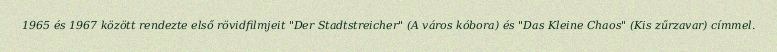
1965 és 1967 között rendezte első rövidfilmjeit "Der Stadtstreicher" (A város kóbora) és "Das Kleine Chaos" (Kis zűrzavar) címmel.